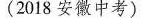
(2018 安徽中考)